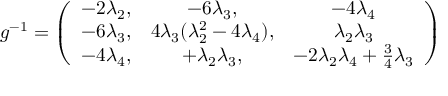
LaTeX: g ^ { - 1 } = \left( \begin{array} { c c c } { { - 2 \lambda _ { 2 } , } } & { { - 6 \lambda _ { 3 } , } } & { { - 4 \lambda _ { 4 } } } \\ { { - 6 \lambda _ { 3 } , } } & { { 4 \lambda _ { 3 } ( \lambda _ { 2 } ^ { 2 } - 4 \lambda _ { 4 } ) , } } & { { \lambda _ { 2 } \lambda _ { 3 } } } \\ { { - 4 \lambda _ { 4 } , } } & { { + \lambda _ { 2 } \lambda _ { 3 } , } } & { { - 2 \lambda _ { 2 } \lambda _ { 4 } + \frac 3 4 \lambda _ { 3 } } } \end{array} \right)